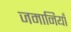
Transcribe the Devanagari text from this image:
जमानियाँ